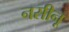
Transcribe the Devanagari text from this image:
नसीनू